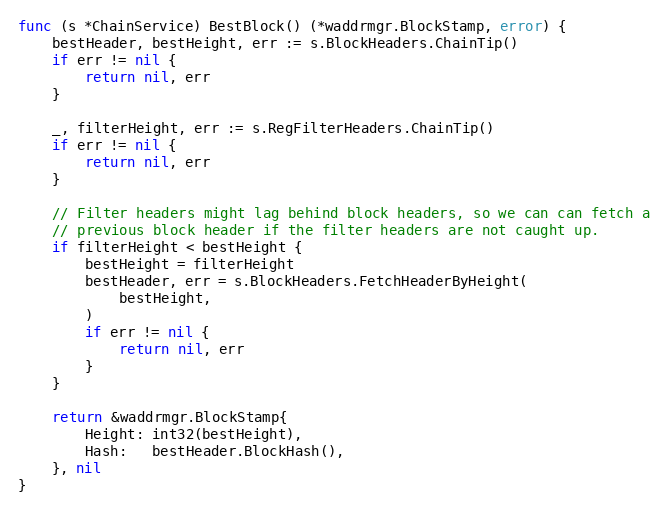
Language: Go
func (s *ChainService) BestBlock() (*waddrmgr.BlockStamp, error) {
	bestHeader, bestHeight, err := s.BlockHeaders.ChainTip()
	if err != nil {
		return nil, err
	}

	_, filterHeight, err := s.RegFilterHeaders.ChainTip()
	if err != nil {
		return nil, err
	}

	// Filter headers might lag behind block headers, so we can can fetch a
	// previous block header if the filter headers are not caught up.
	if filterHeight < bestHeight {
		bestHeight = filterHeight
		bestHeader, err = s.BlockHeaders.FetchHeaderByHeight(
			bestHeight,
		)
		if err != nil {
			return nil, err
		}
	}

	return &waddrmgr.BlockStamp{
		Height: int32(bestHeight),
		Hash:   bestHeader.BlockHash(),
	}, nil
}